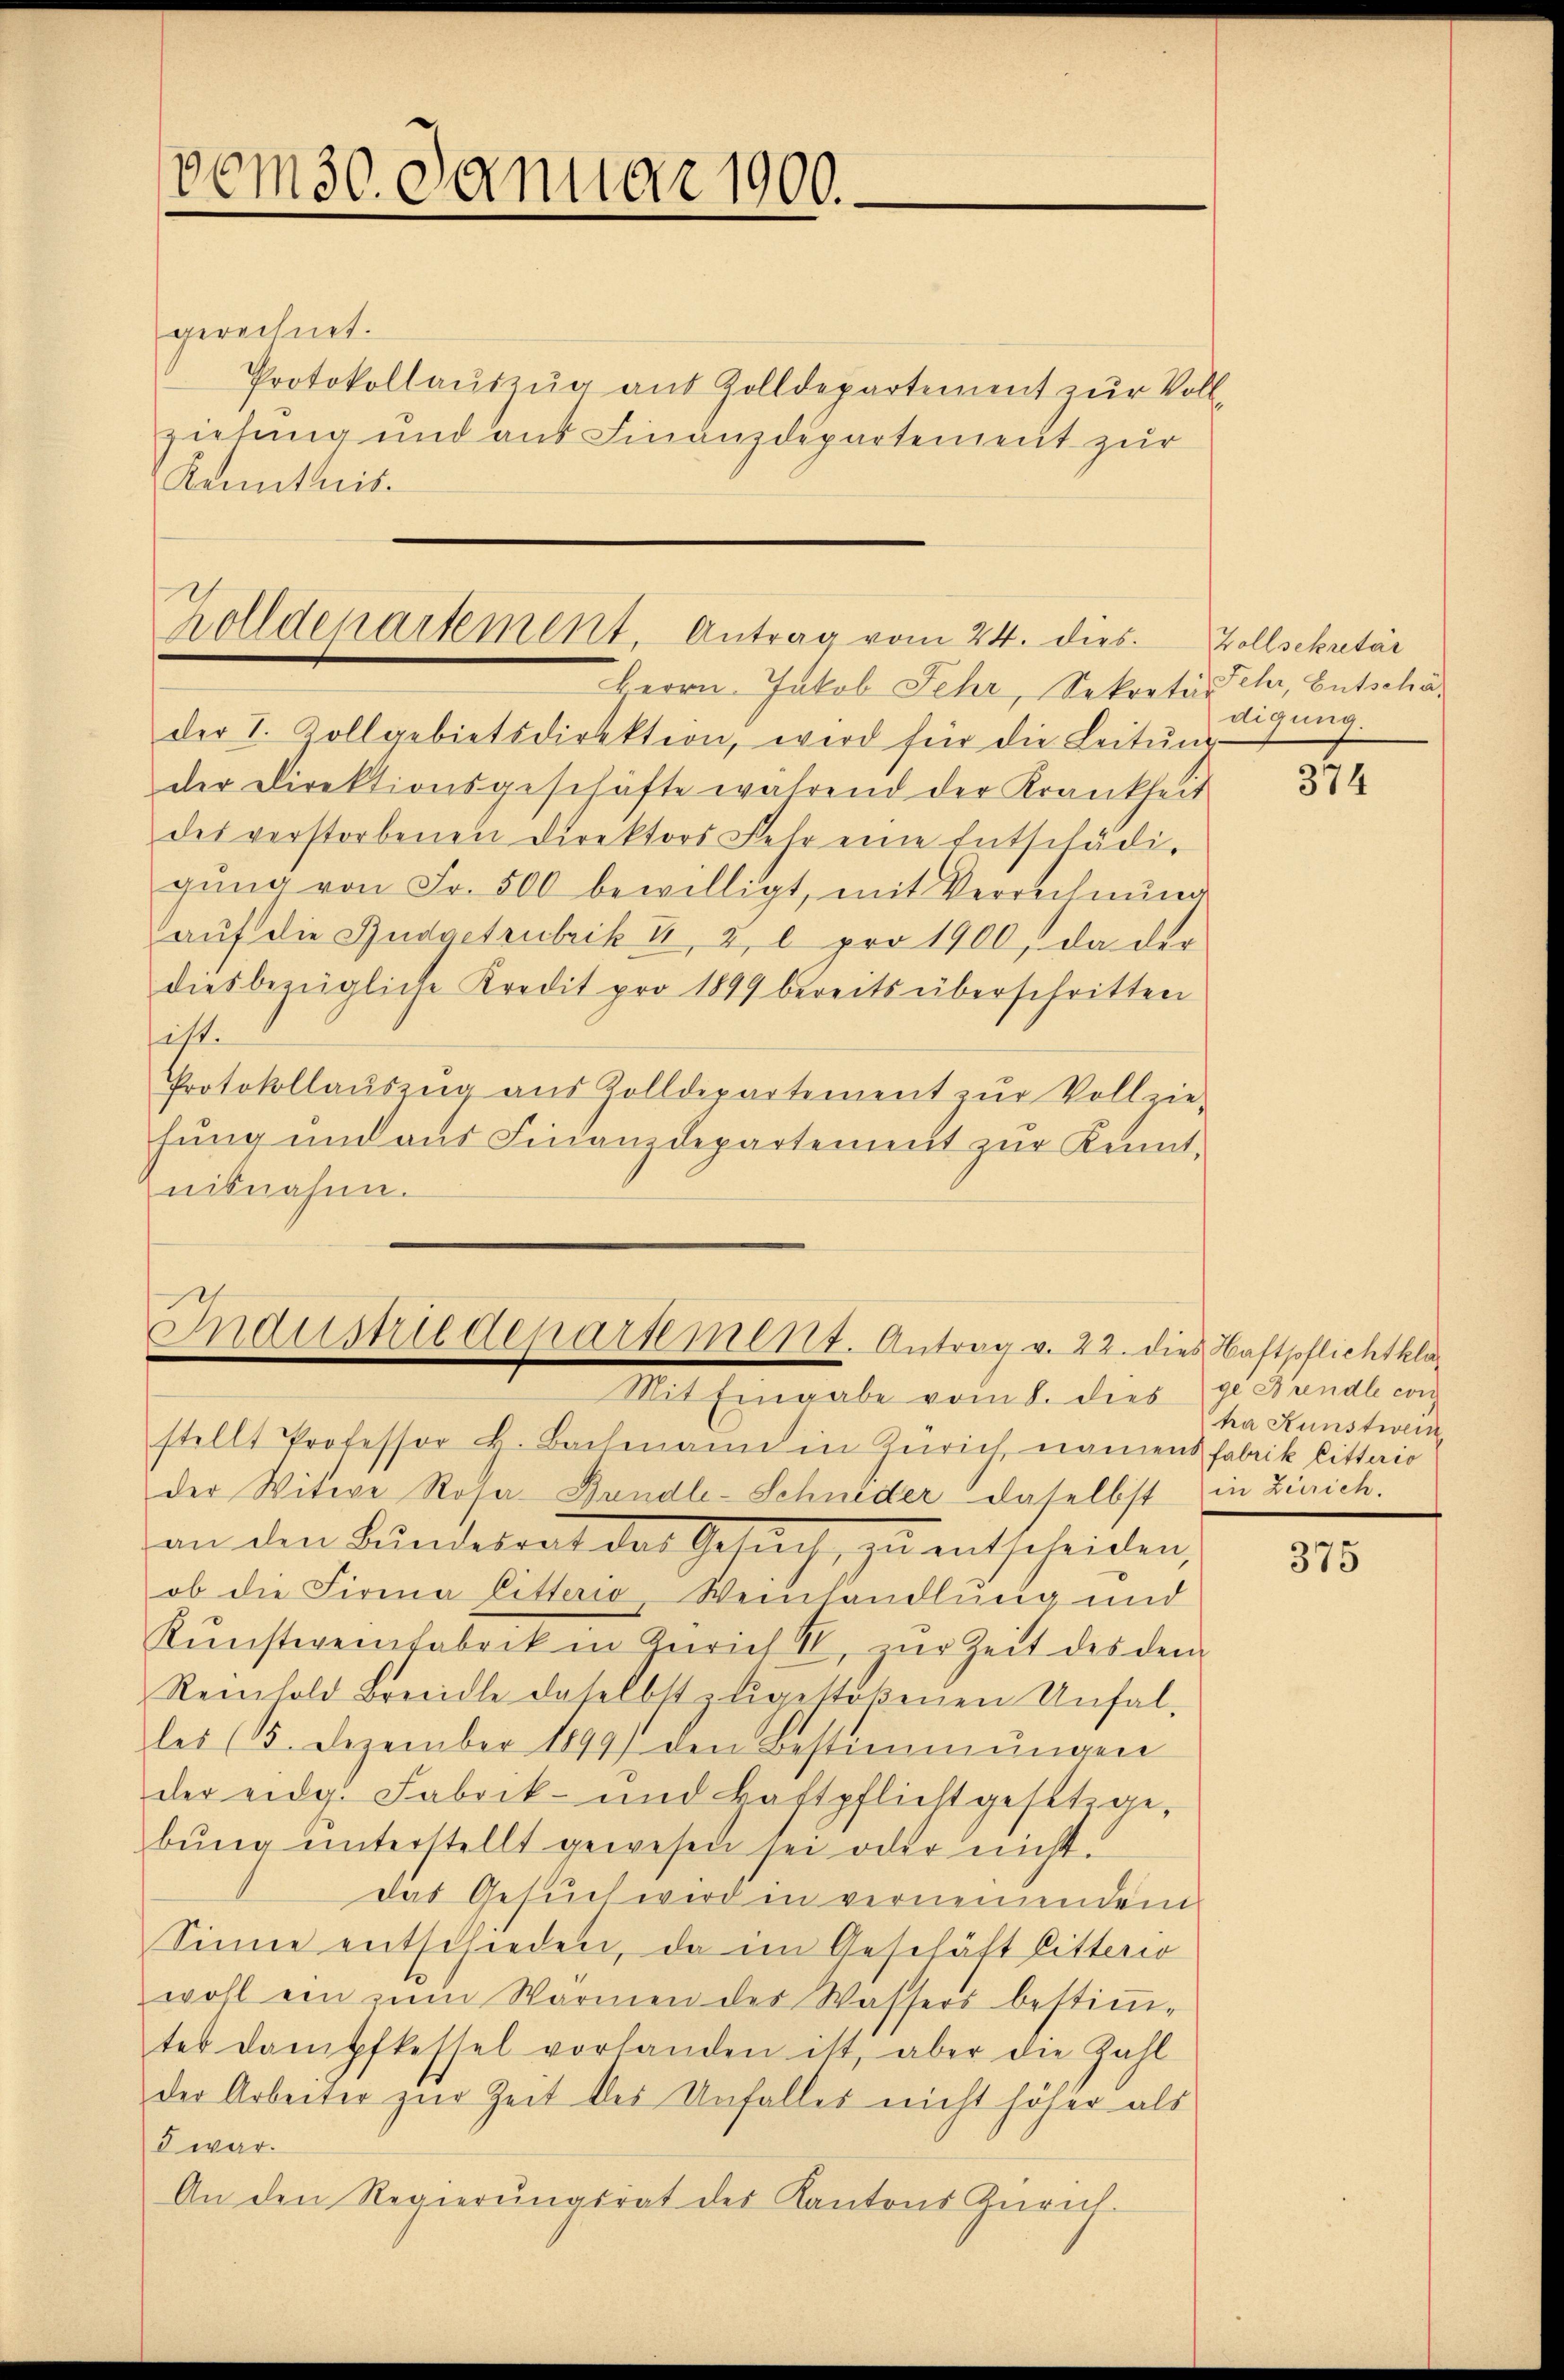
vom 30. Januar 1900.-

gerechnet.
Protokollauszug aus Zolldepartement zur Vollziehung und aus Finanzdepartement zur
Kenntnis.

olldepartement. Antrag vom 24. dies Zollsekretär

Industriedepartement. Antrag v. 22. dies Haftpflichtkla
Mit Eingabe vom 8. dies ge Bändle con

Herrn. Jakob Fehr, Sekretär sehr, Entschäder I. Zollgebietsdirektion, wird für die Leitŭng
der Direktionsgeschäfte während der Krankheit
des verstorbenen Direktors Fehr eine Entschädigŭng von Fr. 500 bewilligt, mit Verrichnŭng
auf die Budgetrubrik II, 2, l pro 1900, da der
diesbezügliche Kredit pro 1899 bereits überschritten
itt.
Protokollaŭszŭg aŭs Zolldepartement zŭr Vollzie-
hung und aus Finanzdepartement zur Kenntnisnahm.

stellt Professor H. Bachmann in Zürich, namens Fabrik bitterio
der Witwe Rosa-Bandle-Schnider daselbst in Zürich.
an den Bundesrat des Gesuch, zu entscheiden,
ob die Firma litterio, Weinhandlung und
Kŭnsterenfabrik in Zürich II, zur Zeit des dem
Reinhold Breedle daselbst zugestoßenen Unfal-
les 13. Dezember 1899) den Bestimmungen
der eidg. Fabrik- und Haftpflicht gesetzge-
bŭng ŭnterstellt gewesen sei oder nicht.
das Gesuch wird in vernennendem
Sinne entschieden, da im Geschäft Litterio
wohl ein ein Warmen des Wassers bestiṁ-
tes dampfkessel vorhanden ist, aber die Zahl
der Arbeiter zur Zeit des Unfalles nicht höher als
8 war.
An den Regierŭngsrat des Kantons Zürich.

digung.

31

ha Kunstwein

375